Leaving Certificate Examination (including Day School Certificate (Higher) General paper), 1939
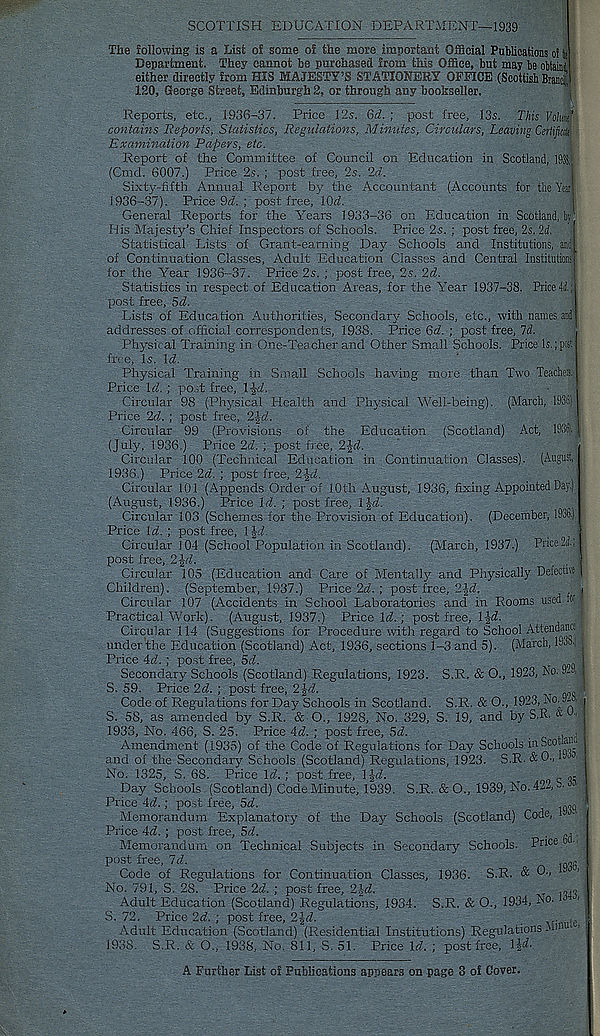
SCOTTISH EDUCATION DEPARTMENT--1939
The following is a List of some of the more important Official Publications of Si
Department. They cannot be purchased from this Office, but may be obtains
either directly from HIS MAJESTY’S STATIONERY OFFICE (Scottish Branci]!
120, George Street, Edinburgh 2, or through any bookseller.
Reports, etc., 1936-37. Price 12s. Qd. ; post free, 13s. This Volmi'
contains Reports, Statistics, Regulations, Minutes, Circulars, Leaving Certificik-
Examination Papers, etc.
Report of the Committee of Council on Education in Scotland, 193!,j
(Cmd. 6007.) Price 2s. ; post free, 2s. 2d.
Sixty-fifth Annual Report by the Accountant (Accounts for the Yea'
1936-37). Price 9A ; post free, iOd
General Reports for the Years 1933-36 on Education in Scotland, bv
His Majesty’s Chief Inspectors of Schools. Price 2s. ; post free, 2s. U.
Statistical Lists of Grant-earning Day Schools and Institutions, amfl
of Continuation Classes, Adult Education Classes and Central institutions
for the Year 1936-37. Price 2s. ; post free, 2s. 2d.
Statistics in respect of Education Areas, for the Year 1937-38. Price 4i.;
post free, 5d.
Lists of Education Authorities, Secondary Schools, etc., with names and'
addresses of official correspondents, 1938. Price 6d. ; post free, 7d.
Physical Training in One-Teacher and Other Small Schools. Price Is.; post
free. Is. Id.
Physical Training in Small Schools having more than Two Teaches.
Price Id. ; post free, IJd
Circular 98 (Physical Health and Physical Well-being). (March, 1936.)
Price 2d ; post free, 2id.
:
Circular 99 (Provisions of the Education (Scotland) Act, 1936j.|
(July, 1936.) Price 2d. ; post free, 2-Jd
Circular 100 (Technical Education in Continuation Classes). (August/
1936.) Price 2d. ; post free, 2-Jd
Circular 101 (Appends Order of 10th August, 1936, fixing Appointed Day.)
(August, 1936.) Price Id. ; post free, l|d
Circular 103 (Schemes for the Provision of Education). (December, 1936.)
Price Id. ; post free, ljd
Circular 104 (School Population in Scotland).
(March, 1937.) Price2ii.;
post free, 2§d
. |
Circular 105 (Education and Care of Mentally and Physically Defective |
Children). (September, 1937.) Price 2d. ; post free, 2\d.
. i
Circular 107 (Accidents in School Laboratories and in Rooms used to i
Practical Work). (August, 1937.) Price W.; post free, 1-Jd
Circular 114 (Suggestions for Procedure with regard to School Attendance
under the Education (Scotland) Act, 1936, sections 1-3 and 5). (March, 1933.] /.
Price 4d ; post free, 5d
. j
Secondary Schools (Scotland) Regulations, 1923. S.R. & O., 1923, No. 9-3. j
S. 59. Price 2d. ; post free, 2Jd
T
„
1
Code of Regulations for Day Schools in Scotland. S.R. & O., 1923, No. 9-3.
S. 58, as amended by S.R. & O., 1928, No. 329, S. 19, and by S.R. « T
1933, No. 466, S. 25. Price id. ; post free, 5d.
. •
Amendment (1935) of the Code of Regulations for Day Schools in Scot
and of the Secondary Schools (Scotland) Regulations, 1923. S.R. &0., U ^
No. 1325, S. 68. Price Id.; post free, 1J<7.
c
Day Schools (Scotland) Code Minute, 1939. S.R.. & 0.,T939, No. 422, b. •
Price 4d.; post free, 5d.
.wl
Memorandum Explanatory of the Day Schools (Scotland) Code,
Price 4d. ; post free, Sd.
■
.,,
Memorandum on Technical Subjects in Secondary Schools. Price
post free, 7d.
Code of Regulations for Continuation Classes, 1936. S.R. & 0.,
>
No. 791, S. 28. Price 2d. ; post free, 2$d.
T
Adult Education (Scotland) Regulations, 1934. S.R. & O., 1934, N°-
S. 72. Price 2fit ; post free, 2Jd.
A- te '
Adult Education (Scotland) (Residential Institutions) Regulations
1938. S.R. & 0„ 1938, No. 811, S. 51. Price Id. ; post free, 1 id.
A Further List o! Publications appears on page 3 of Cover.